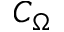
C _ { \Omega }